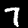
Label: 7